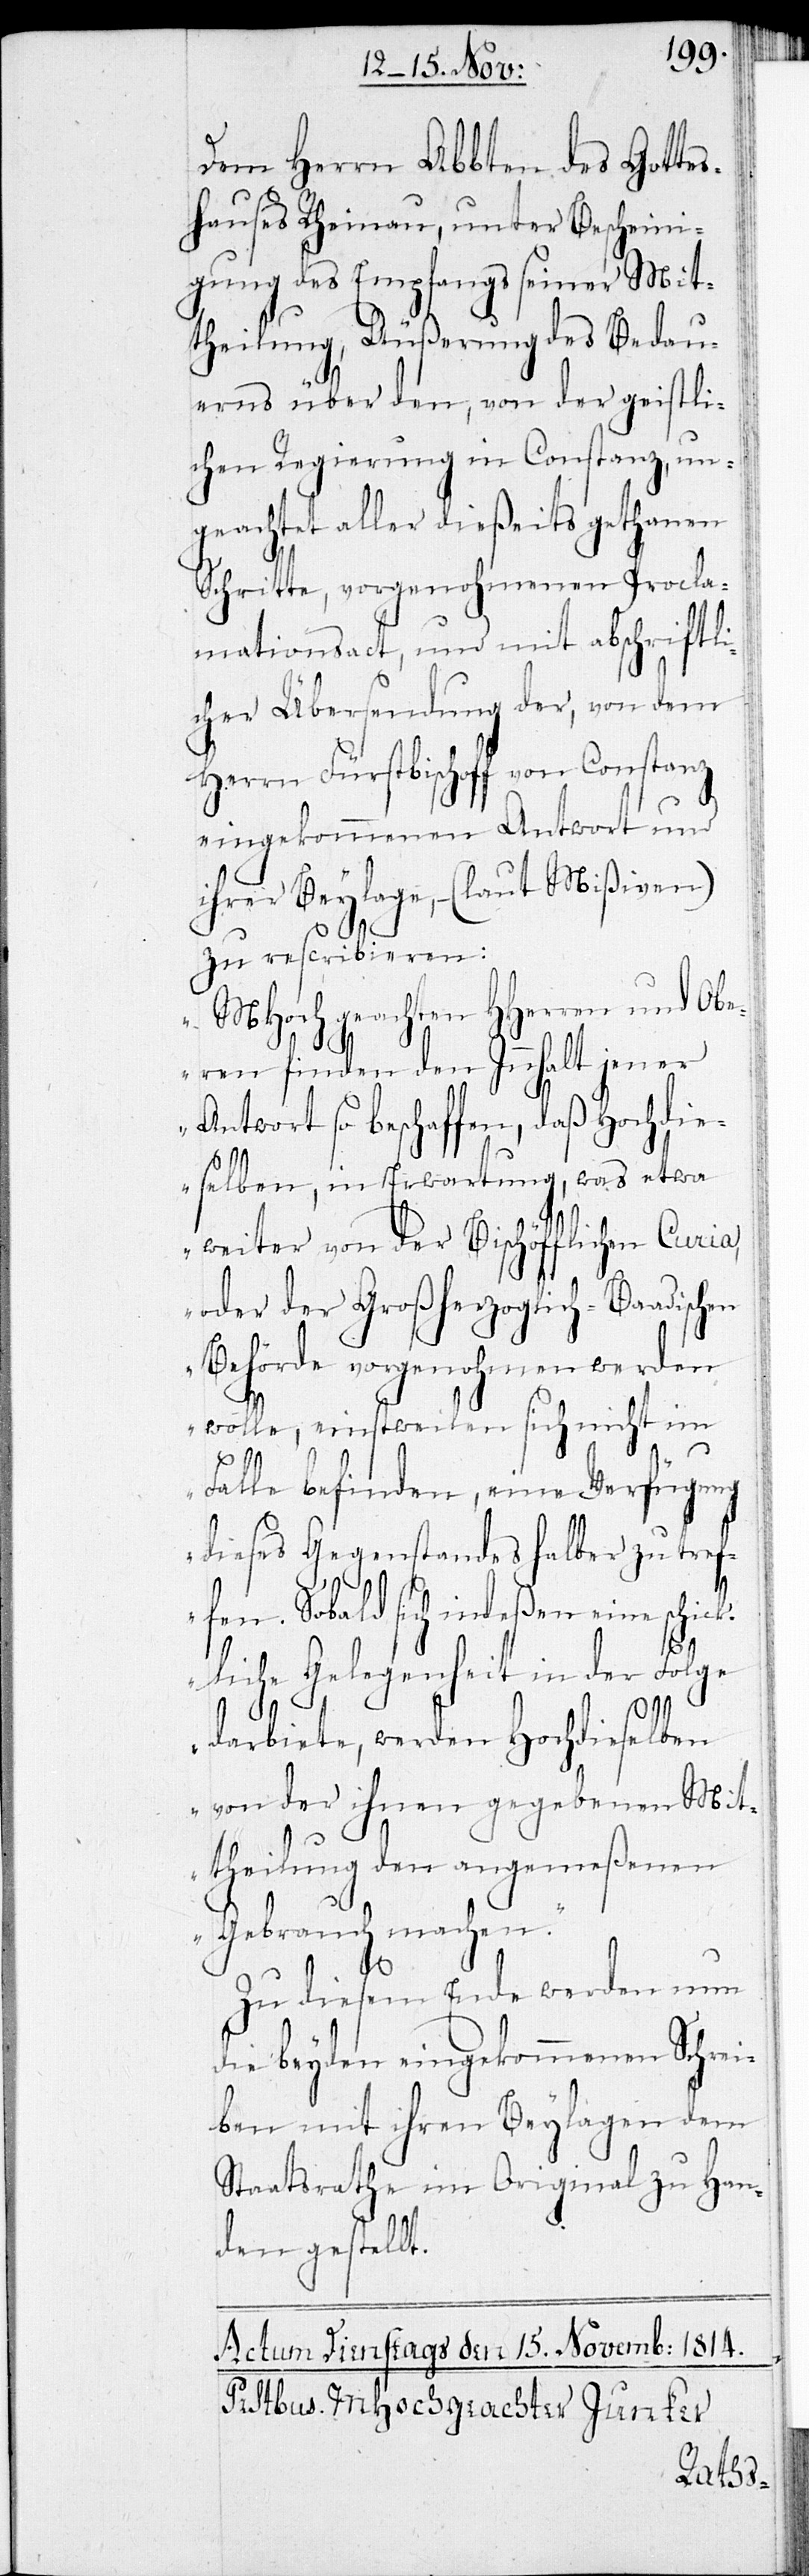
Dem Herrn Abbten des Gottes¬
hauses Rheinau, unter Bescheini¬
gung des Empfangs seiner Mit¬
theilung, Äußerung des Bedau¬
erns über den, von der geistli¬
chen Regierung in Constanz, un¬
geachtet aller dießeits gethanen
Schritte, vorgenohmenen Procla¬
mationsact, und mit abschriftli¬
cher Übersendung der, von dem
Herrn Fürstbischoff von Constanz
eingekommenen Antwort und
ihrer Beylage, – (laut Mißiven),
zu rescribieren:
„MHochgeachten HHerren und Obe¬
ren finden den Innhalt jener
Antwort so beschaffen, daß Hochdi¬
eselben, in Erwartung, was etwa
weiter von der Bischöfflichen Curia,
oder der Großherzoglich-Baadischen
Behörde vorgenohmen werden
wolle, einstweilen sich nicht im
c¬
Falle befinden, eine Verfügung
dieses Gegenstandes halber zu tref¬
fen. Sobald sich indeßen eine schi¬
kliche Gelegenheit in der Folge
darbiete, werden Hochdieselben
von der ihnen gegebenen Mit¬
theilung den angemeßenen
Gebrauch machen.“
Zu diesem Ende werden nun
die beyden eingekommenen Schrei¬
ben mit ihren Beylagen dem
Staatsrathe im Original zu Han¬
den gestellt.